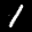
Label: 1